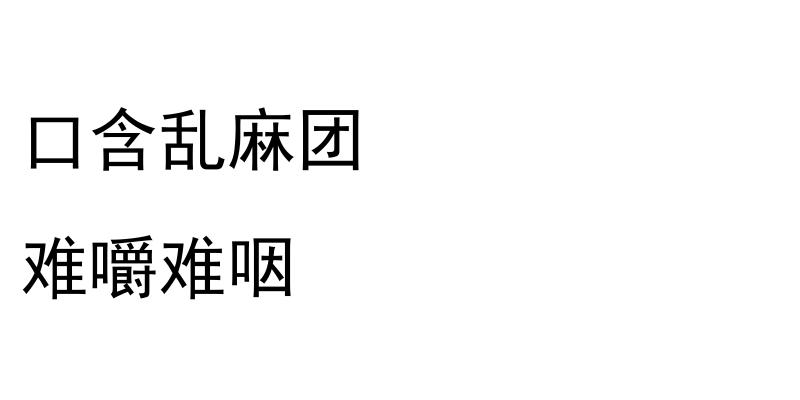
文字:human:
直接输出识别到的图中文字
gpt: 口含乱麻团 难嚼难咽